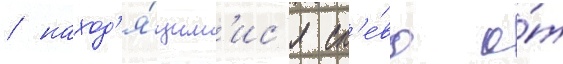
/ наход'я́щим'ис'я сл'е́ва о́т